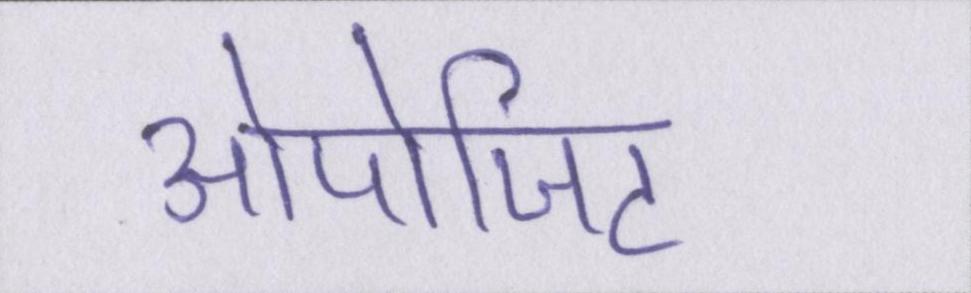
ओपोजिट